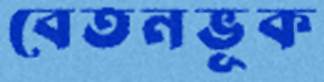
বেতনভূক